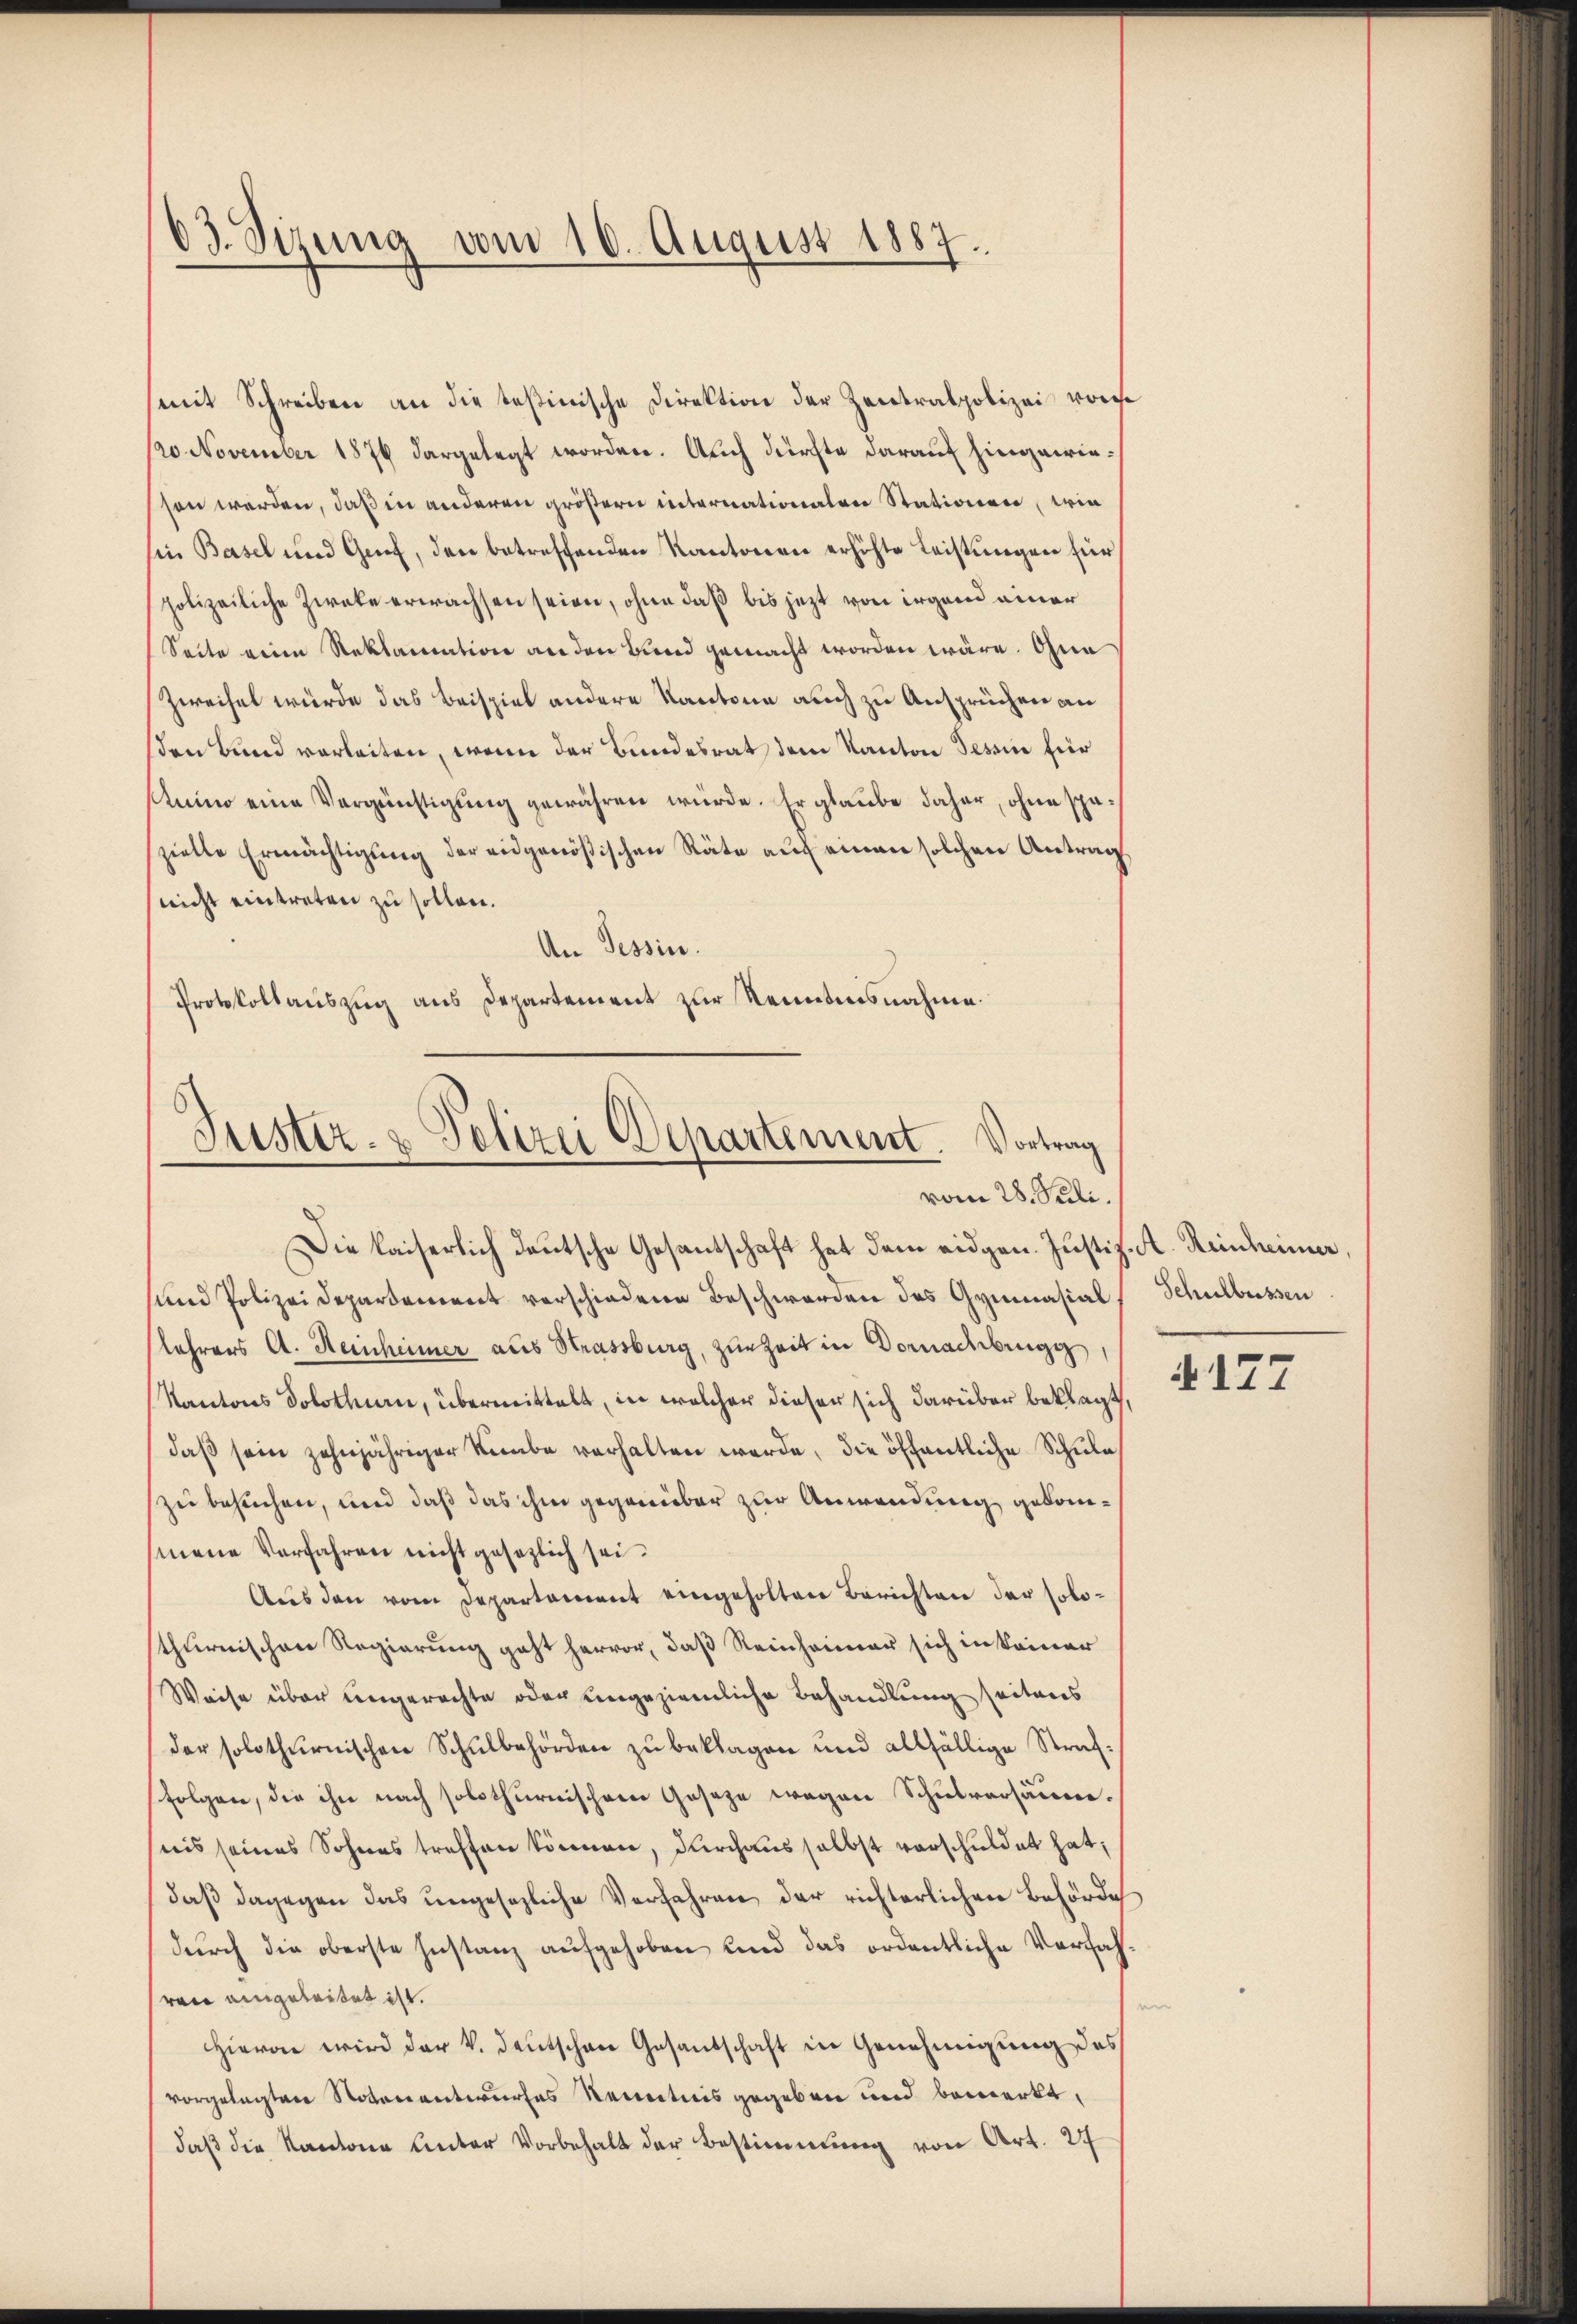
63. Sizung vom 10. August 1887.

(mit Schreiben an die testinische Direktion der Zentralpolizei vorhe
/20. November 1876 dargelegt worden. Auch dürfte darauf hingewiesen werden, daß in anderen größern internationalen Stationen, wie
in Basel und Genf, den betreffenden Kantonen erhöhte Leistungen für
polizeiliche Zwecke erwachsen seien, ohne daß bis jetzt von irgend einer
Seite eine Reklamation an den Land gemacht worden wäre. Ohne
Zweifel würde das Beispiel andere Kantone auch zu Ansprüchen an
sen Bund verleiten, wenn der Bundesrat dem Kanton Tessin für
Atuino eine Vergünstigung gewähren würde. Er glaube daher, ohne späzielle Ermächtigung der eidgenößischen Räte auf einen solchen Antrag
(nicht eintreten zu sollen.
An Tessin.
Protokollauszug aus Departement zur Kenntnisnahme.

Justiz- & Polizei Departement. Vortrag
vom 28. Juli.
Die kaiserlich deutsche Gesantschaft hat dem eidgen. Justiz-A. Reinheimer,

uund Polizei Departement verschiedene Beschwerden des Gymnasial
lehrers A. Heinheimer aus Strassburg, zur Zeit in Vornachbrugg,
Kantons Solothurn, übermittelt, in welcher dieser sich darüber beklagt,
daß sein zehnjähriger Knabe verhalten werde, die öffentliche Schule
zu besuchen, und daß das ihm gegenüber zur Anwendung gekommene Verfahren nicht gesezlich sei.
Aus den vom Departament eingeholten Berichten der solothurnischen Regierung geht hervor, daß Reinheimer sich in keiner
Weise über ungerechte oder eingeziemliche Behandlung seitens
(der solothurnischen Schulbehörden zu beklagen und allfällige Straffolgen, die ihn nach solothurnischem Gesetze wegen Schulversäume.
nis seines Sohnes treffen können, durchaus selbst verschuldet hat,
daß dagegen das ungesezliche Verfahren der richterlichen Behörde
durch die oberste Instanz aufgehoben und das ordentliche Verfah
ren eingeleitet ist.
e
Hievon wird der V. deutschen Gesandschaft in Genehmigung des
vorgelegten Notenantwurfes Renntnis gegeben und bemerkt,
daß die Kantone Unter Vorbehalt der Bestimmung von Art. 27

Schulbussen

A177